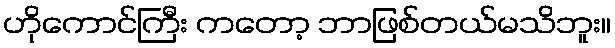
ဟိုကောင်ကြီး ကတော့ ဘာဖြစ်တယ်မသိဘူး။